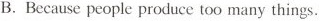
B.Because people produce too many things.